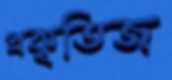
প্রকৃতিজ